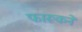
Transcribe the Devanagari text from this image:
फारूकने